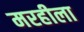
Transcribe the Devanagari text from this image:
मरहीला